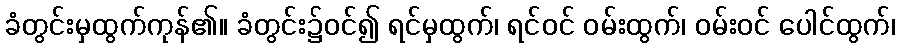
ခံတွင်းမှထွက်ကုန်၏။ ခံတွင်း၌ဝင်၍ ရင်မှထွက်၊ ရင်ဝင် ဝမ်းထွက်၊ ဝမ်းဝင် ပေါင်ထွက်၊